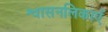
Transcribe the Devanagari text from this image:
श्वासनलिकाएँ